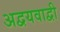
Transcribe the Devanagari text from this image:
अद्वयवाद्वी